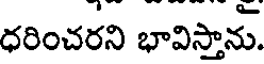
ధరించరని భావిస్తాను.